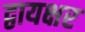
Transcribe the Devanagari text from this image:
द्वायक्षर